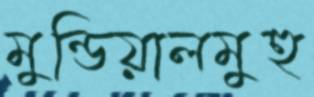
মুন্ডিয়ালমুহু